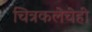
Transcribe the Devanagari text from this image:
चित्रकलेचेही